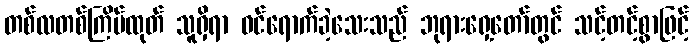
တစ်လတစ်ကြိမ်ထုတ် သူရှိရာ ဝင်ရောက်ခဲ့သေးသည် ဘုရားရှေ့တော်တွင် သင့်တင့်စွာဖြင့်